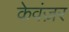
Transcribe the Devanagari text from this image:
केवंज़र